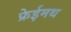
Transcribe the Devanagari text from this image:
फ्रेईमथ